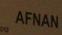
afnan